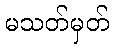
မသတ်မှတ်